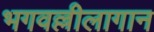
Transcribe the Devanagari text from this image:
भगवल्लीलागान